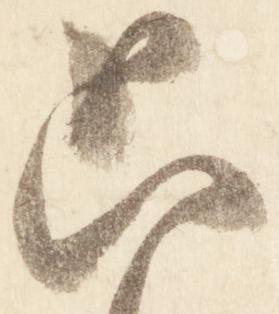
只